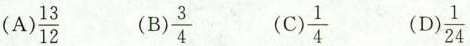
A.$$\frac{13}{12}$$ B.$$\frac{3}{4}$$C.$$\frac{1}{4}$$ D.$$\frac{1}{24}$$